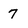
Character: 7